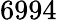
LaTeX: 6994